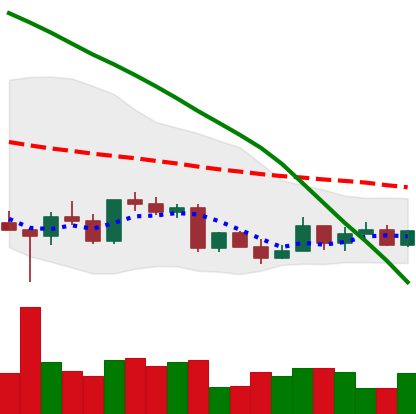
Ticker: LTC-USD
Chart end date: 2022-03-14
Forward return: 10.125%
Label: up_7plus